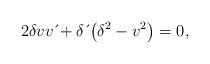
LaTeX: \begin{align*}2\delta vv\,\acute{}+\delta \,\acute{}\left( \delta^{2}-v^{2}\right) =0, \end{align*}